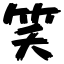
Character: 笑